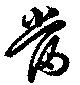
当